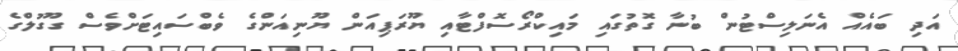
އަދި ބައެއް އެނަލިސްޓުން ބުނާ ގޮތުގައި މައިކްރޯސޮފްޓާއި ޔޫރަޕިއަން ޔޫނިއަންގެ ވެބްސައިޓަށްވެސް ގޫގުލްގެ